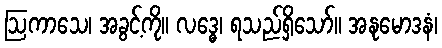
ဩကာသေ၊ အခွင့်ကို။ လဒ္ဓေ၊ ရသည်ရှိသော်။ အနုမောဒနံ၊